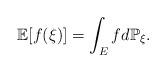
LaTeX: \begin{align*}\mathbb{E}[f(\xi)]=\int_E f d \mathbb{P}_\xi. \end{align*}